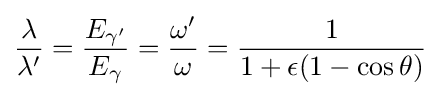
{\frac {\lambda }{\lambda '}}={\frac {E_{\gamma '}}{E_{\gamma }}}={\frac {\omega '}{\omega }}={\frac {1}{1+\epsilon (1-\cos \theta )}}